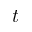
t